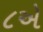
૮એ